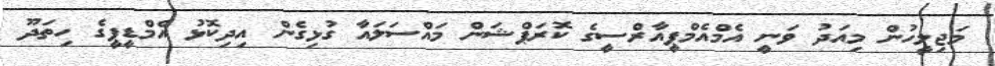
މަޖިލީހުން މިއަދު ވަނީ އެމްއެމްޕީއާރްސީގެ ކޮރަޕްޝަން މައްސަލައާ ގުޅިގެން އިދިކޮޅު އެމްޑީޕީގެ ހިތަދޫ